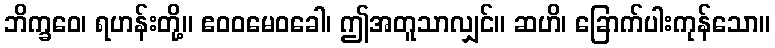
ဘိက္ခဝေ၊ ရဟန်းတို့။ ဧဝဝမေဝခေါ၊ ဤအတူသာလျှင်။ ဆဟိ၊ ခြောက်ပါးကုန်သော။